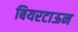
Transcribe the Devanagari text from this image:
बियरटाऊन